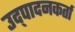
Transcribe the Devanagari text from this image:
उद्पादनकर्ता